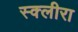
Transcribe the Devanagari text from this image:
स्क्लीरा